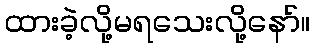
ထားခဲ့လို့မရသေးလို့နော်။